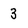
Character: 3